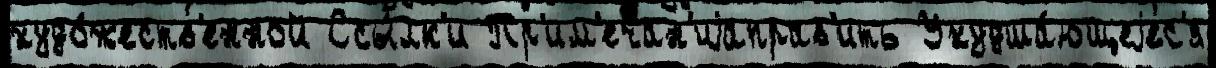
худо́жеств'енной Ссы́лк'и Пр'им'ечан'иjаправ'ить Ухудша́ющеjес'я